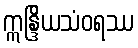
ဣန္ဒြိယသံဝရဿ